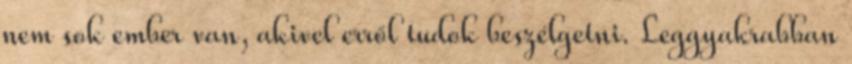
nem sok ember van, akivel erről tudok beszélgetni. Leggyakrabban